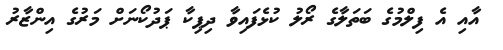
އާއި އެ ފިލްމުގެ ބަތަލާގެ ރޯލު ކުޅެފައިވާ ދިޕިކާ ޕަދުކޯނަށް މަރުގެ އިންޒާރު